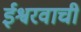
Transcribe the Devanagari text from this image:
ईश्वरवाची